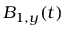
B _ { 1 , y } ( t )